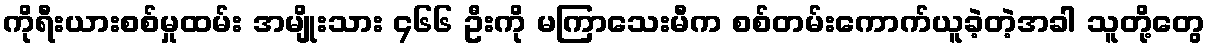
ကိုရီးယားစစ်မှုထမ်း အမျိုးသား ၄၆၆ ဦးကို မကြာသေးမီက စစ်တမ်းကောက်ယူခဲ့တဲ့အခါ သူတို့တွေ